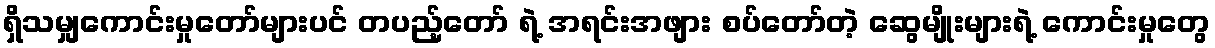
ရှိသမျှကောင်းမှုတော်များပင် တပည့်တော် ရဲ့ အရင်းအဖျား စပ်တော်တဲ့ ဆွေမျိုးများရဲ့ ကောင်းမှုတွေ